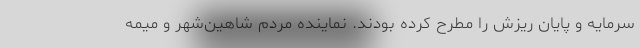
سرمایه و پایان ریزش را مطرح کرده بودند. نماینده مردم شاهین‌شهر و میمه